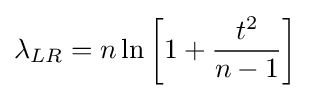
\lambda _{LR}=n\ln \left[1+{\frac {t^{2}}{n-1}}\right]